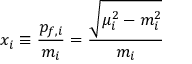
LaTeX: x _ { i } \equiv \frac { p _ { f , i } } { m _ { i } } = \frac { \sqrt { \mu _ { i } ^ { 2 } - m _ { i } ^ { 2 } } } { m _ { i } }